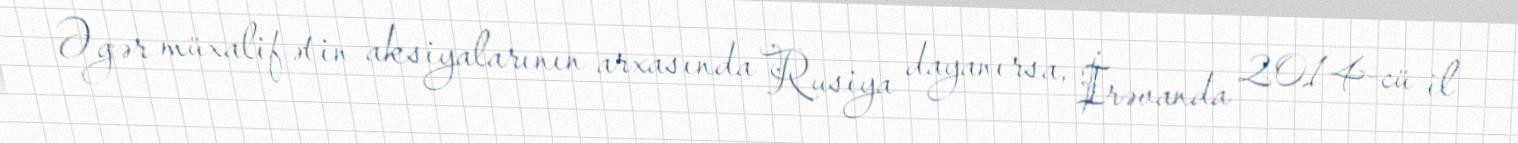
Əgər müxalifətin aksiyalarının arxasında Rusiya dayanırsa, İrəvanda 2014-cü il